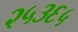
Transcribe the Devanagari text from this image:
२५३६५